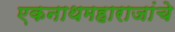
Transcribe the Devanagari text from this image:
एकनाथमहाराजांचे